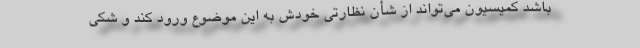
باشد کمیسیون می‌تواند از شأن نظارتی خودش به این موضوع ورود کند و شکی